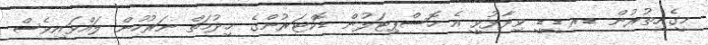
މީގެއިތުރުން ޑރ ޑީޑީ ވިދާޅުވީ އެ ހޮސްޕިޓަލުން ޑޮކްޓަރުންގެ ޚިދުމަތް ނަރުހުން ލައްވައިވެސް